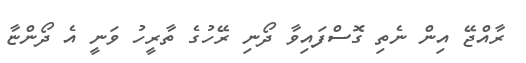
ރާއްޖޭ އިން ނެތި ގޮސްފައިވާ ދޯނި ރޭހުގެ ތާރީހު ވަނީ އެ ދޯންޏާ